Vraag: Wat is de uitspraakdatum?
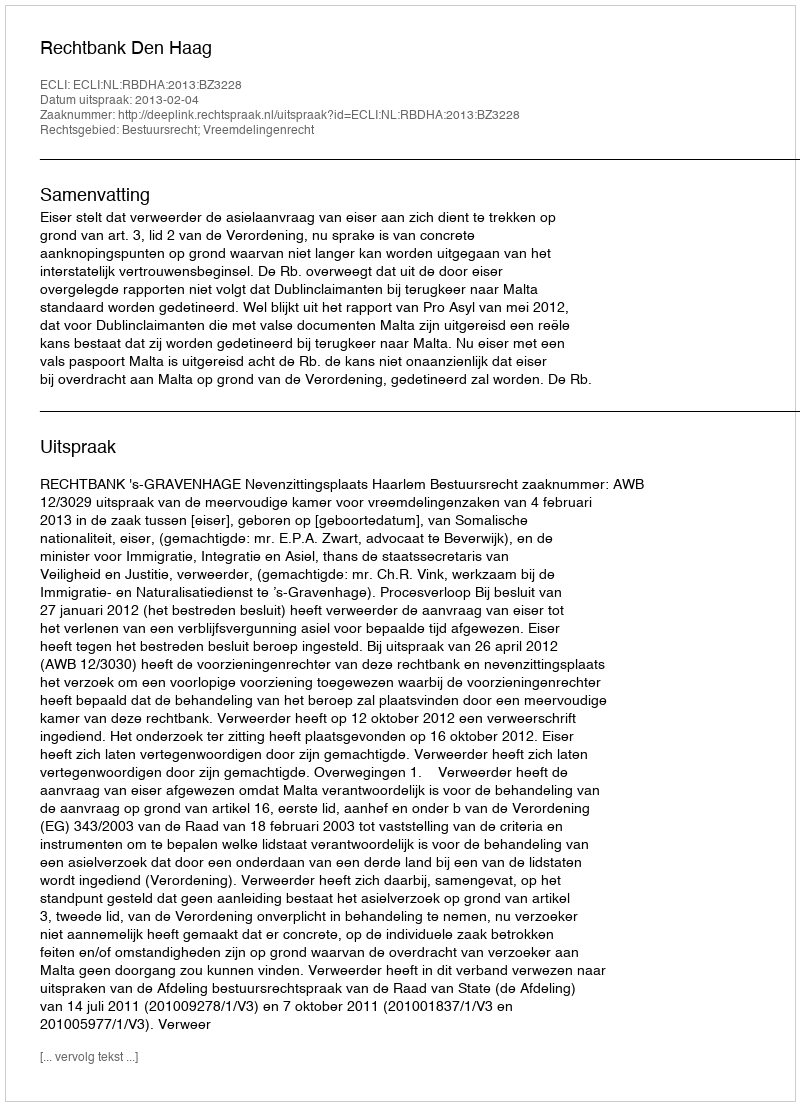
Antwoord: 2013-02-04